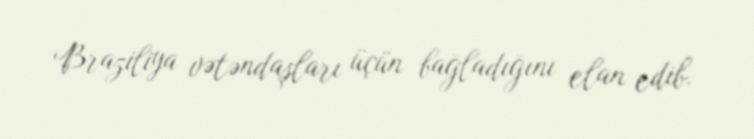
Braziliya vətəndaşları üçün bağladığını elan edib.